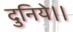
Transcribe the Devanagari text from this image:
दुनिये।।